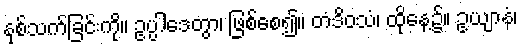
နှစ်သက်ခြင်းကို။ ဥပ္ပါဒေတွာ၊ ဖြစ်စေ၍။ တံဒိဝသံ၊ ထိုနေ့၌။ ဥယျာနံ၊